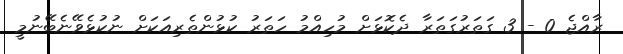
ރާއްޖެ 0 - 3 ގަތަރުގަތަރާ ދެކޮޅަށް މުހިއްމު ހަތަރު ކުޅުންތެރިއަކަށް ނުކުޅެވޭނެބޭނުމީ